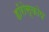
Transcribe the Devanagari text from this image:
हॉरोस्कोप